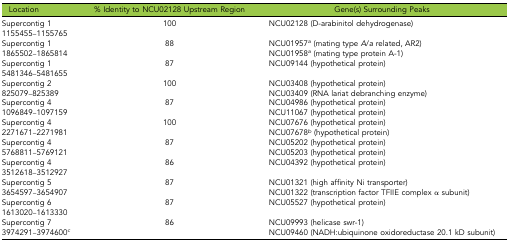
<table><thead><tr><td><b>Location</b></td><td><b>% Identity to NCU02128 Upstream Region</b></td><td><b>Gene(s) Surrounding Peaks</b></td></tr></thead><tbody><tr><td>Supercontig 1</td><td rowspan="2">100</td><td rowspan="2">NCU02128 (D-arabinitol dehydrogenase)</td></tr><tr><td>1155455–1155765</td></tr><tr><td>Supercontig 1</td><td rowspan="2">88</td><td>NCU01957<i><sup>a</sup></i> (mating type <i>A</i>/<i>a</i> related, AR2)</td></tr><tr><td>1865502–1865814</td><td>NCU01958<i><sup>a</sup></i> (mating type protein A-1)</td></tr><tr><td>Supercontig 1</td><td rowspan="2">87</td><td rowspan="2">NCU09144 (hypothetical protein)</td></tr><tr><td>5481346–5481655</td></tr><tr><td>Supercontig 2</td><td rowspan="2">100</td><td>NCU03408 (hypothetical protein)</td></tr><tr><td>825079–825389</td><td>NCU03409 (RNA lariat debranching enzyme)</td></tr><tr><td>Supercontig 4</td><td rowspan="2">87</td><td>NCU04986 (hypothetical protein)</td></tr><tr><td>1096849–1097159</td><td>NCU11067 (hypothetical protein)</td></tr><tr><td>Supercontig 4</td><td rowspan="2">100</td><td>NCU07676 (hypothetical protein)</td></tr><tr><td>2271671–2271981</td><td>NCU07678<i><sup>b</sup></i> (hypothetical protein)</td></tr><tr><td>Supercontig 4</td><td rowspan="2">87</td><td>NCU05202 (hypothetical protein)</td></tr><tr><td>5768811–5769121</td><td>NCU05203 (hypothetical protein)</td></tr><tr><td>Supercontig 4</td><td rowspan="2">86</td><td rowspan="2">NCU04392 (hypothetical protein)</td></tr><tr><td>3512618–3512927</td></tr><tr><td>Supercontig 5</td><td rowspan="2">87</td><td>NCU01321 (high affinity Ni transporter)</td></tr><tr><td>3654597–3654907</td><td>NCU01322 (transcription factor TFIIE complex α subunit)</td></tr><tr><td>Supercontig 6</td><td rowspan="2">87</td><td rowspan="2">NCU05527 (hypothetical protein)</td></tr><tr><td>1613020–1613330</td></tr><tr><td>Supercontig 7</td><td rowspan="2">86</td><td>NCU09993 (helicase swr-1)</td></tr><tr><td>3974291–3974600<i><sup>c</sup></i></td><td>NCU09460 (NADH:ubiquinone oxidoreductase 20.1 kD subunit)</td></tr></tbody></table>